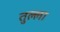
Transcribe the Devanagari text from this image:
तुल्ला